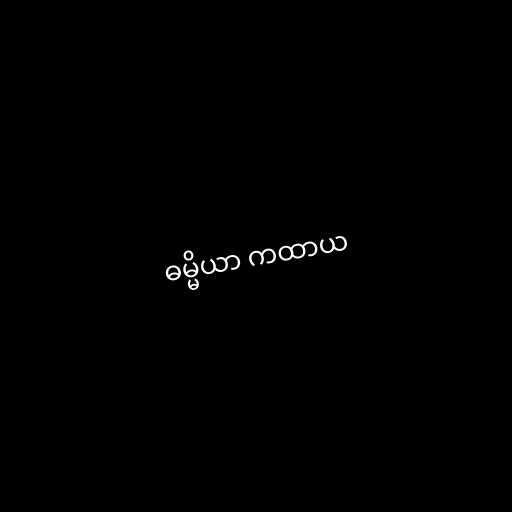
ဓမ္မိယာ ကထာယ